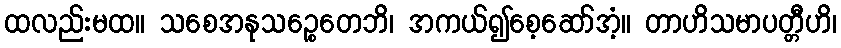
ထလည်းမထ။ သစေအနုသဉ္စေတေဘိ၊ အကယ်၍စေ့ဆော်အံ့။ တာဟိသမာပတ္တီဟိ၊